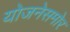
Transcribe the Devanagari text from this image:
योजनेसमोर